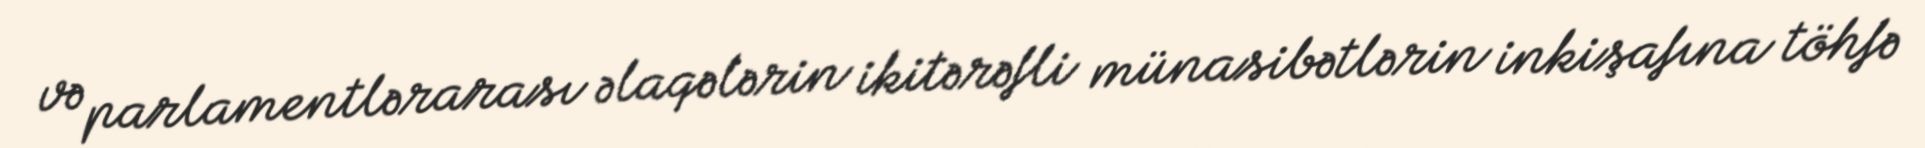
və parlamentlərarası əlaqələrin ikitərəfli münasibətlərin inkişafına töhfə